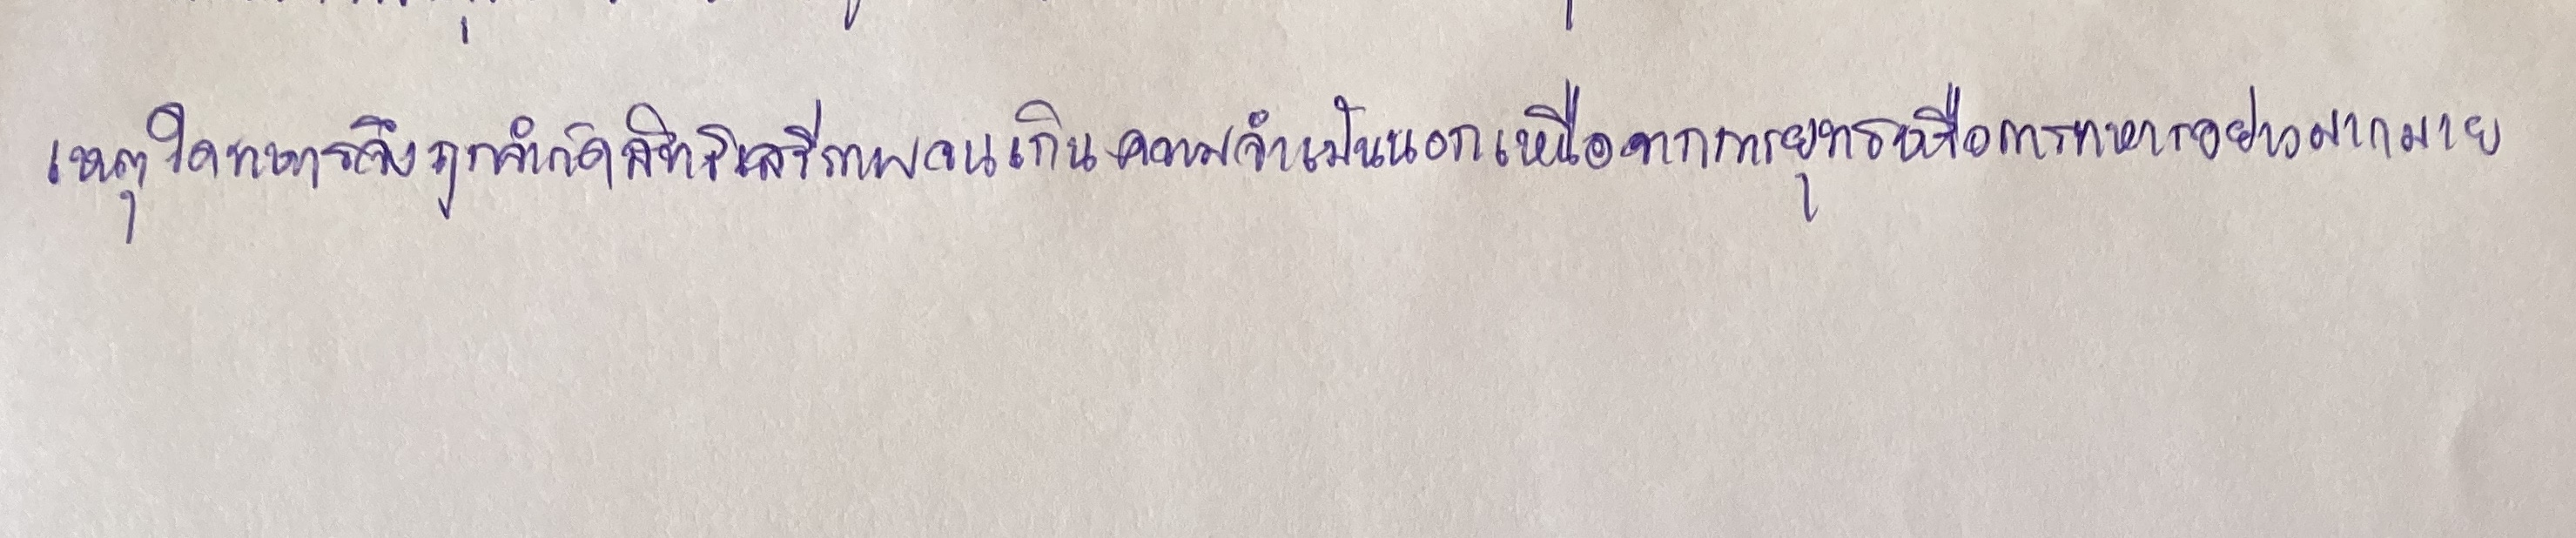
เหตุใดทหารจึงถูกจำกัดสิทธิเสรีภาพจนเกินความจำเป็นนอกเหนือจากการยุทธหรือการทหารอย่างมากมาย